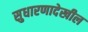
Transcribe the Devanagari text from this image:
सुधारणादेखील